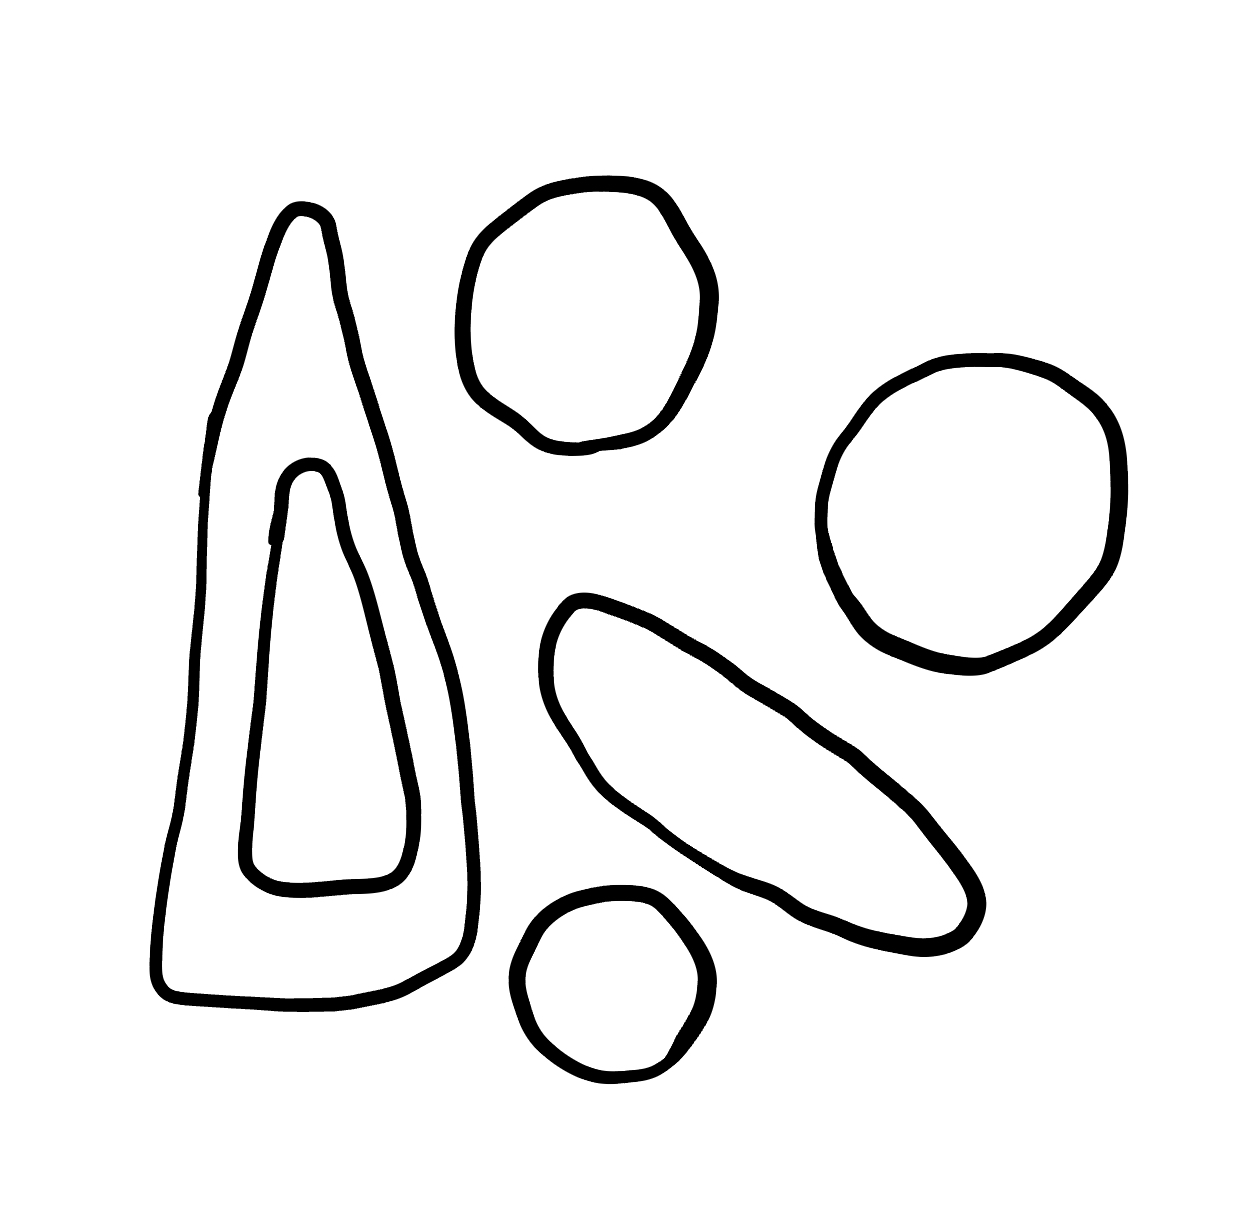
Number of regions (including the outer root region): 7
Containment tree edges (parent, child): 0, 1, 0, 2, 0, 3, 0, 4, 0, 6, 4, 5